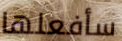
سأفعلها